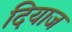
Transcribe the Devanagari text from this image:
दियाज